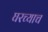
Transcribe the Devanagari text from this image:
घरच्याच